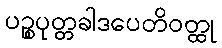
ပဉ္စပုတ္တခါဒပေတိဝတ္ထု